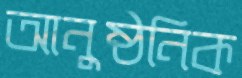
আনুষ্ঠনিক